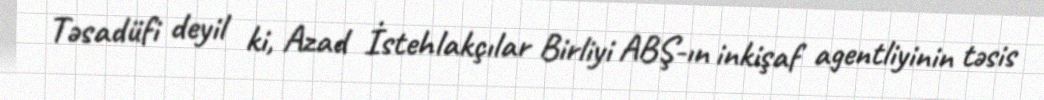
Təsadüfi deyil ki, Azad İstehlakçılar Birliyi ABŞ-ın inkişaf agentliyinin təsis